King Institute of Preventive Medicine Bacteriolog. Section reports 1907-08
Year: 1907
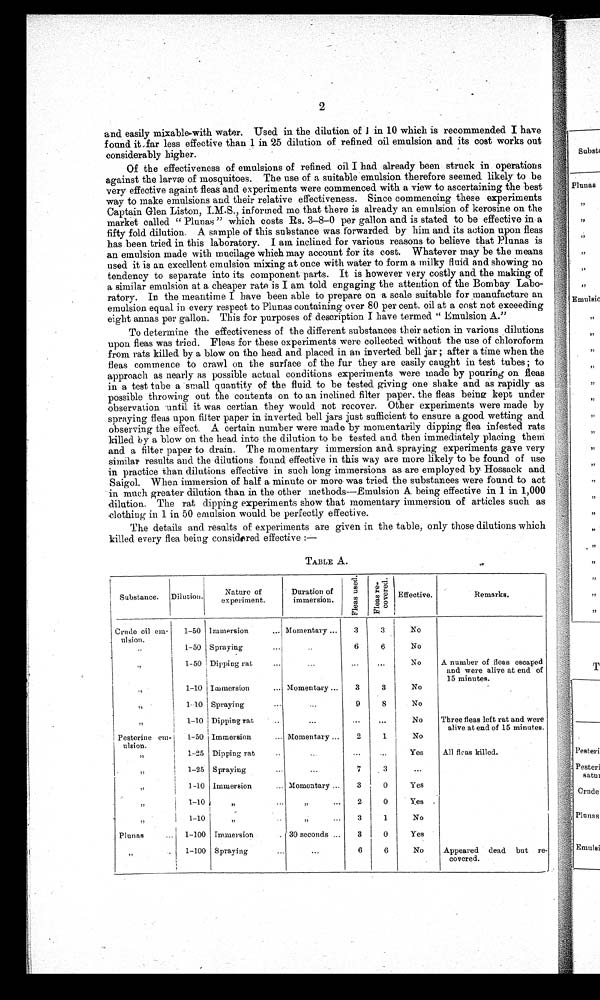
2
and easily mixable with water. Used in the dilution of 1 i n 1 0 w h i c h i s r e c o m m e n d e d I h a v e
found it far less effective than 1 in 25 dilution of refined oil emulsion and its cost works out
considerably higher.
Of the effectiveness of emulsions of refined oil I had already been struck in operations
against the larvæ of mosquitoes. The use of a suitable emulsion therefore seemed likely- to be
very effective againt fleas and experiments were commenced with a view to ascertaining the best
way to make emulsions and their relative effectiveness, Since commencing these experiments
Captain Glen Liston, informed me that there is already an emulsion of kerosine on the
market called " Plunas " which costs Rs. 3-8-0 per gallon and is stated to be effective in a
fifty fold. dilution. A sample of this substance was forwarded by him and. its action upon fleas
has been tried in this laboratory. I am inclined for various reasons to believe that Plunas is
an emulsion made with mucilage which may account for its cost. Whatever may be the means
used it is an excellent emulsion mixing at once with water to form a milky fluid and showing no
tendency to separate into its component parts. It is however very costly and the making of
a similar emulsion at a cheaper rate is I am told engaging the attention of the Bombay Labo-
ratory. In the meantime I have been able to prepare on a scale suitable for manufacture an
emulsion equal in every respect to Plunas containing over 80 per cent. oil at a cost not exceeding
ei ght annas per gal l on. Thi s f or pur poses of descr i pt i on I have t er med "Emul si on A. "
To determine the effectiveness of the different substances their action in various dilutions
upon fleas was tried. Fleas for these experiments were collected without the use of chloroform
from rats killed by a blow on the head. and placed in an inverted bell jar ; after a time when the
fleas commence to crawl on the surface of the fur they are easily caught in test tubes ; to
approach as nearly as possible actual conditions experiments were made by pouring on fleas
in a test tube a small quantity of the fluid to be tested giving one shake and as rapidly as
possible throwing out the contents on to an inclined filter paper, the fleas being kept under
observation until it was certian they would not recover. Other experiments were made by
spraying fleas upon filter paper in inverted bell jars just sufficient to ensure a good wetting and
observing the effect. A certain number were made by momentarily dipping flea infested rats
killed by a blow on the head into the dilution to be tested and then immediately placing them
and a filter paper to drain. The momentary immersion and spraying experiments gave very
similar results and the dilutions found effective in this way are more likely to be found of use
in practice than dilutions effective in such long immersions as are employed by Hossack and
Saigol. When immersion of half a minute or more was tried. the substances were found to act
in much greater dilution than in the other methods—Emulsion A being effective in 1 in 1,000
dilution. The rat dipping experiments show that momentary immersion of articles such as
-clothing in 1 in 50 emulsion would. be perfectly effective.
The details and results of experiments are given in the table, only- those dilutions which
killed every flea being considered effective :—
TABLE A.
Substance.
Dilution.
Nature of
experiment.
Duration of
immersion.
F l e a s u s e d .
F l e a s r e - c o v e r e d .
Effective.
Remarks.
Crude oil cm-
ulsion.
, ,
1-50
1-50
1-50
1-10
1-1.0
1-10
Immersion
...
Spraying...
Dipping ra
Immersion
...
Spraying
...
Dipping ra
Momentary ...
. . .
Momentary ...
...
3
...
3
9
... ...
3
6
...
3
..
No
No
No
No
No
No
A number of fleas escaped
and were alive at end of
15 minutes.
Three fleas left rat and were
alive at end of 15 minutes.
Pesterine
e m -
ulsion.
,,
,,
1-50
1-25
1-25
1.-10
1-10
1-10
Immersion
...
Dipping rat
Spraying
Immersion
...
r
,,
„
Momentary ...
...
Momentary ...
...
,,
...
2
...
7
3
2
3
1
3
0
0
1
NoY e s
. . .
Yes
Yes
No
All fleas killed.
Plunas
...
1-100
1-100
immersion
.
Spraying
30 seconds ...
. . .
3
6
0
6
Yes
No
Appeared dead but re-
covered.